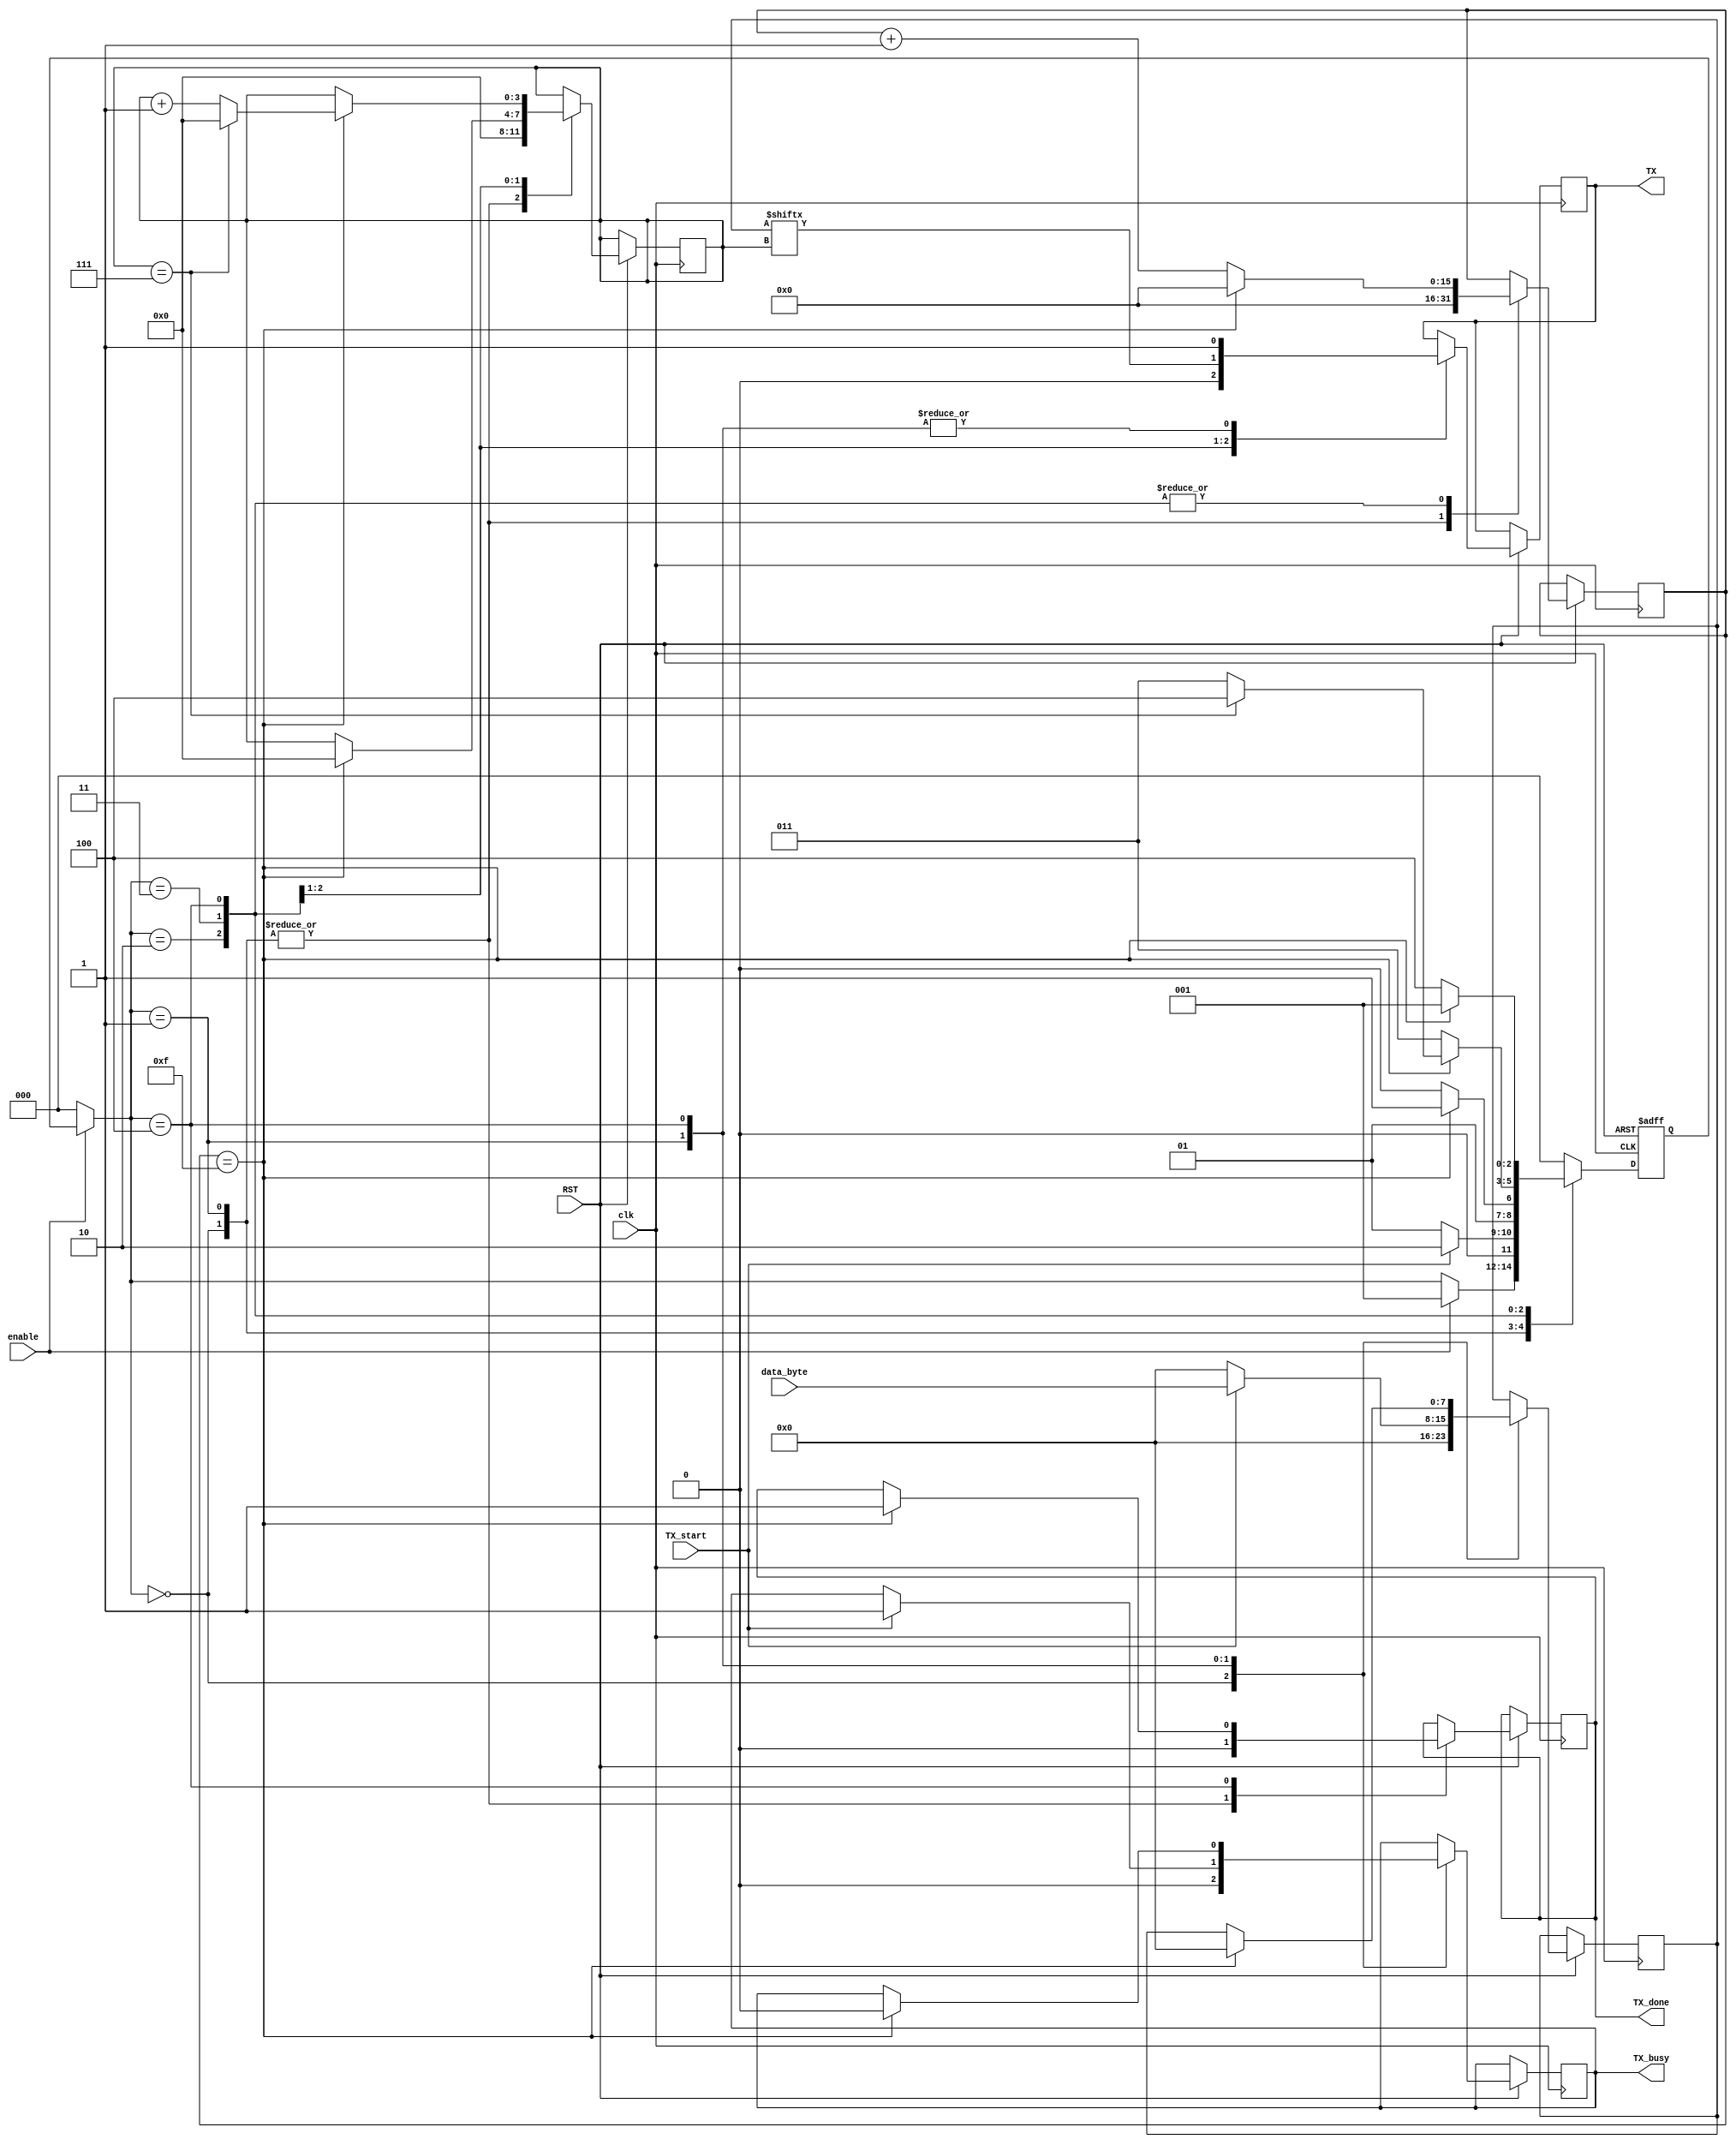
module UART_Transmitter #(parameter CLKS_PER_BIT = 2604)
  (
    input [7:0] data_byte,          //data_byte register is used to take the data bits from the Data register parallelly
    input TX_start,                 //The TX_start flag is used to exit the IDLE state and start sending the data 
    input clk,
    input enable,
    input RST,                      //The reset signal
    output reg TX_busy,            //
    output reg TX,                  //The TX line to send data through it serially
    output reg TX_done              //The TX_done flag is used to indicate that all data has been sent
  );           
  
  parameter CLK_HZ = 25_000_000;
  parameter BIT_RATE =  9600;
  
  parameter integer CYCLES_WAIT = 15;

  parameter RESET = 0;
  parameter IDLE = 1;
  parameter START = 2;
  parameter DATA = 3;
  parameter STOP = 4;
        
  reg [2:0] State = 0;        //State register is used to update the current state value with the default being RESET
  reg [15:0] Counter = 0;     //Counter register is used to count the number of cycles of the clock to wait till doing something [0 --> 15] (16 ticks)
  reg [3:0] bitsNum = 0;      //a register to count the number of bits transmitted [0 --> 7] (8 bits)
  reg [7:0] Data;             //Data register is used to save the data byte we want to send inside it
      
        
  always @(posedge clk or negedge RST) begin       //At every tick of the system clock or when reset is LOW
    
    if(!RST)    //If Reset signal is LOW go to RESET State
      begin
        State <= RESET;
      end
    
    else begin    //If Reset signal is HIGH, Proceed normally
        
    if (!enable) begin    //Check the enable signal
      State = RESET;      //If LOW go to RESET
    end
   
    case(State)

//////////////////////////////// The RESET Case ////////////////////////////////

      RESET: begin
        TX_done <= 0;
        TX_busy <= 0;
        Counter <= 0;
        bitsNum <= 0;
        Data <= 0;
        if (enable) begin   //If HIGH go to IDLE
          State <= IDLE;
         end
      end

//////////////////////////////// The IDLE Case ////////////////////////////////
          
      IDLE : begin
            
        TX <= 1;           //Drive the TX line HIGH while in IDLE
        TX_done <= 0;      //Return the TX_done flag to zero
        Data <= 0;
        Counter <= 0;      //Set the cycles counter to zero
        bitsNum <= 0;      //Set the bits counter to zero
            
        if(TX_start)    //Wait till the (TX_start) flag is HIGH then load the data parallelly from the system (data_byte) into UART datat register (Data) then switch to the START state
          begin
            Data <= data_byte;
            TX_busy <= 1;
            State <= START;
          end
              
        else    //If TX_start is not HIGH stay in the IDLE state
          State = IDLE;     
      end
          
//////////////////////////////// The START Case ////////////////////////////////          

      START : begin
        
        TX <= 0;    //Drive the TX line LOW (start bit = 0)
        
        //Wait 16 cycles for the Start bit to finish
        if(Counter == CYCLES_WAIT)   //If the Counter's final value is reached
          begin
            Counter <= 0;       //Set the cycles counter to zero
            bitsNum <= 0;       //Set the bits counter to zero
            State <= DATA;  //Switch to the DATA state
          end
          
        else      //If not reached then increase the Counter by one and stay in the START state
          begin
            Counter <= Counter + 1;
            State <= START;
          end
      end

//////////////////////////////// The DATA Case ////////////////////////////////

      DATA : begin
        
        TX <= Data[bitsNum];    //Send the data bit by bit on the TX line
        
        //Wait 16 cycles for the Data bits to finish
        if(Counter == CYCLES_WAIT)   //If the Counter's final value is reached
          begin
            Counter <= 0;   //Set the Counter to zero
            
            if(bitsNum == 7)     //If all eight bits are transmitted switch to the STOP state
              begin
                bitsNum <= 0;
                State <= STOP;
              end
              
            else
              begin             //If not then increase the counter by one and stay in the DATA state
                bitsNum <= bitsNum + 1;
                State <= DATA;
              end
          end
          
        else      //If the Counter's final value is not reached, increase it by one and stay in the DATA state
          begin
            Counter <= Counter + 1;
            State <= DATA;
          end
      end
 
//////////////////////////////// The STOP Case ////////////////////////////////  
         
      STOP : begin
        
        TX <= 1;     //Drive the TX line HIGH (stop bit = 1)
        
        //Wait 16 cycles the Stop bit to finish
        if(Counter == CYCLES_WAIT)   //If the counter's final value is reached
          begin
            TX_done <= 1;     //Set the (TX_done) flag HIGH
            Counter <= 0;     //Set the Counter to zero
            Data <= 0;
            TX_busy <= 0;
            State <= IDLE;    //Switch to the IDLE state
          end
          
        else    //If the Counter's final value is not reached, increase it by one and stay in the STOP state
          begin
            Counter <= Counter + 1;
            State <= STOP;
          end
      end
      
//////////////////////////////// The Default Case ////////////////////////////////  
      
      default :
        State <= RESET;     
    
    endcase
  end       //end of else: !if(!RST)
  end     //end of alwyas block
endmodule